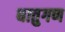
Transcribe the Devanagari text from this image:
धातुगण